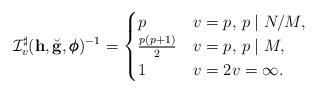
LaTeX: \begin{align*} \mathcal I_v^{\sharp}(\mathbf h, \breve{\mathbf g}, \pmb{\phi})^{-1} = \begin{cases} p & v = p, \, p\mid N/M, \\ \frac{p(p+1)}{2}& v = p, \, p\mid M, \\ 1 & v = 2 v = \infty.\\ \end{cases} \end{align*}